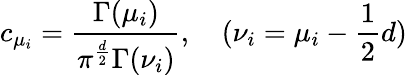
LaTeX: c_{\mu_{i}}=\frac{\Gamma(\mu_{i})}{\pi^{\frac{d}{2}}\Gamma(\nu_{i})},\quad(\nu_{i}=\mu_{i}-\frac{1}{2}d)